Leaving Certificate Examination, 1921
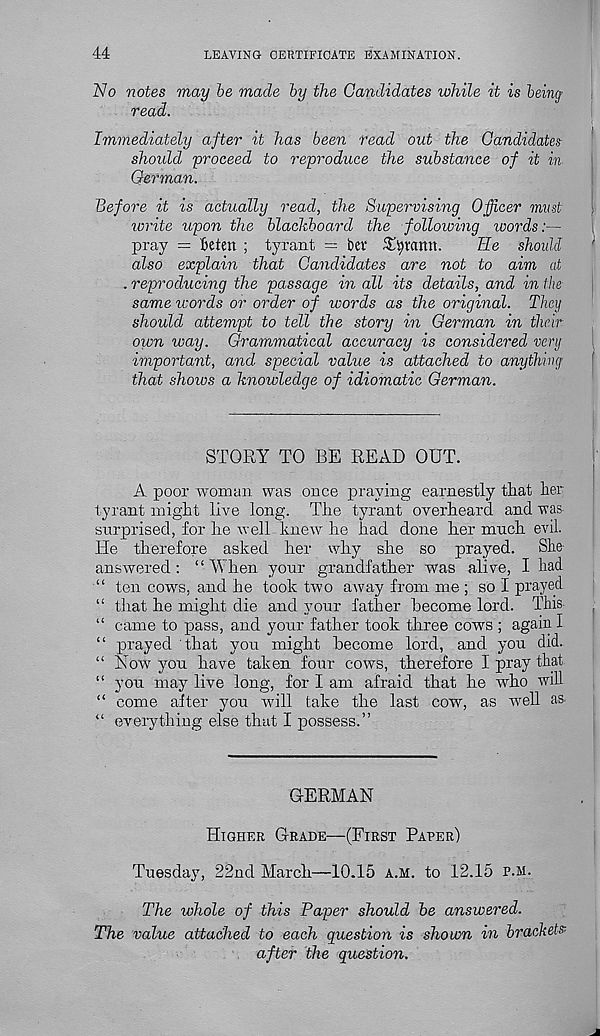
44
LEAVING CERTIFICATE EXAMINATION.
No notes may be made by the Candidates while it is being’
read.
Immediately after it has been read out the Candidates
should proceed to reproduce the substance of it in-
German.
Before it is actually read, the Supervising Officer must
write upon the blachboard the following words:—
pray = fieten ; tyrant = bet S^ramt.
lie should
also explain that Candidates are not to aim at
. reproducing the passage in all its details, and in the
same words or order of words as the original. They
should attempt to tell the story in German in their
own way. Grammatical accuracy is considered very
important, and special value is attached to anything
that shows a knowledge of idiomatic German.
STORY TO BE READ OUT.
A poor woman was once praying earnestly that her
tyrant might live long. The tyrant overheard and was-
surprised, for he well knew he had done her much evil.
He therefore asked her why she so prayed.
She
answered: “When your grandfather was alive, I had
“ ten cows, and he took two away from me ; so I prayed
“ that he might die and your father become lord. This
“ came to pass, and your father took three cows ; again I
“ prayed that you might become lord, and you did.
“ How you have taken four cows, therefore I pray that
“ you may live long, for I am afraid that he who will
“ come after you will take the last cow, as well as
“ everything else that I possess.”
GERMAN
Higher Grade—(First Paper)
Tuesday, 22nd March—10.15 a.m. to 12.15 p.m.
The whole of this Paper should be answered.
The value attached to each question is shown in brackets
after the question.